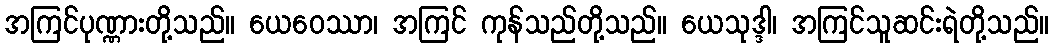
အကြင်ပုဏ္ဏားတို့သည်။ ယေဝေဿာ၊ အကြင် ကုန်သည်တို့သည်။ ယေသုဒ္ဒါ၊ အကြင်သူဆင်းရဲတို့သည်။